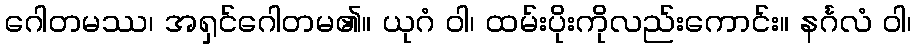
ဂေါတမဿ၊ အရှင်ဂေါတမ၏။ ယုဂံ ဝါ၊ ထမ်းပိုးကိုလည်းကောင်း။ နင်္ဂလံ ဝါ၊